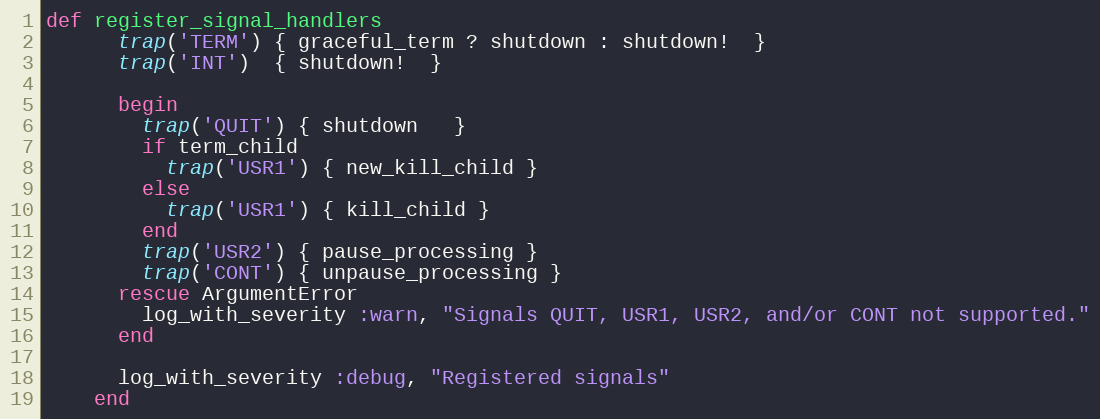
Language: Ruby
def register_signal_handlers
      trap('TERM') { graceful_term ? shutdown : shutdown!  }
      trap('INT')  { shutdown!  }

      begin
        trap('QUIT') { shutdown   }
        if term_child
          trap('USR1') { new_kill_child }
        else
          trap('USR1') { kill_child }
        end
        trap('USR2') { pause_processing }
        trap('CONT') { unpause_processing }
      rescue ArgumentError
        log_with_severity :warn, "Signals QUIT, USR1, USR2, and/or CONT not supported."
      end

      log_with_severity :debug, "Registered signals"
    end